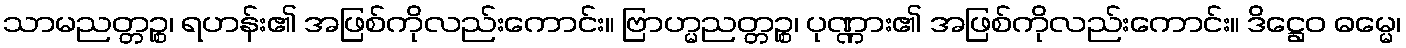
သာမညတ္တဉ္စ၊ ရဟန်း၏ အဖြစ်ကိုလည်းကောင်း။ ဗြာဟ္မညတ္တဉ္စ၊ ပုဏ္ဏား၏ အဖြစ်ကိုလည်းကောင်း။ ဒိဋ္ဌေဝ ဓမ္မေ၊